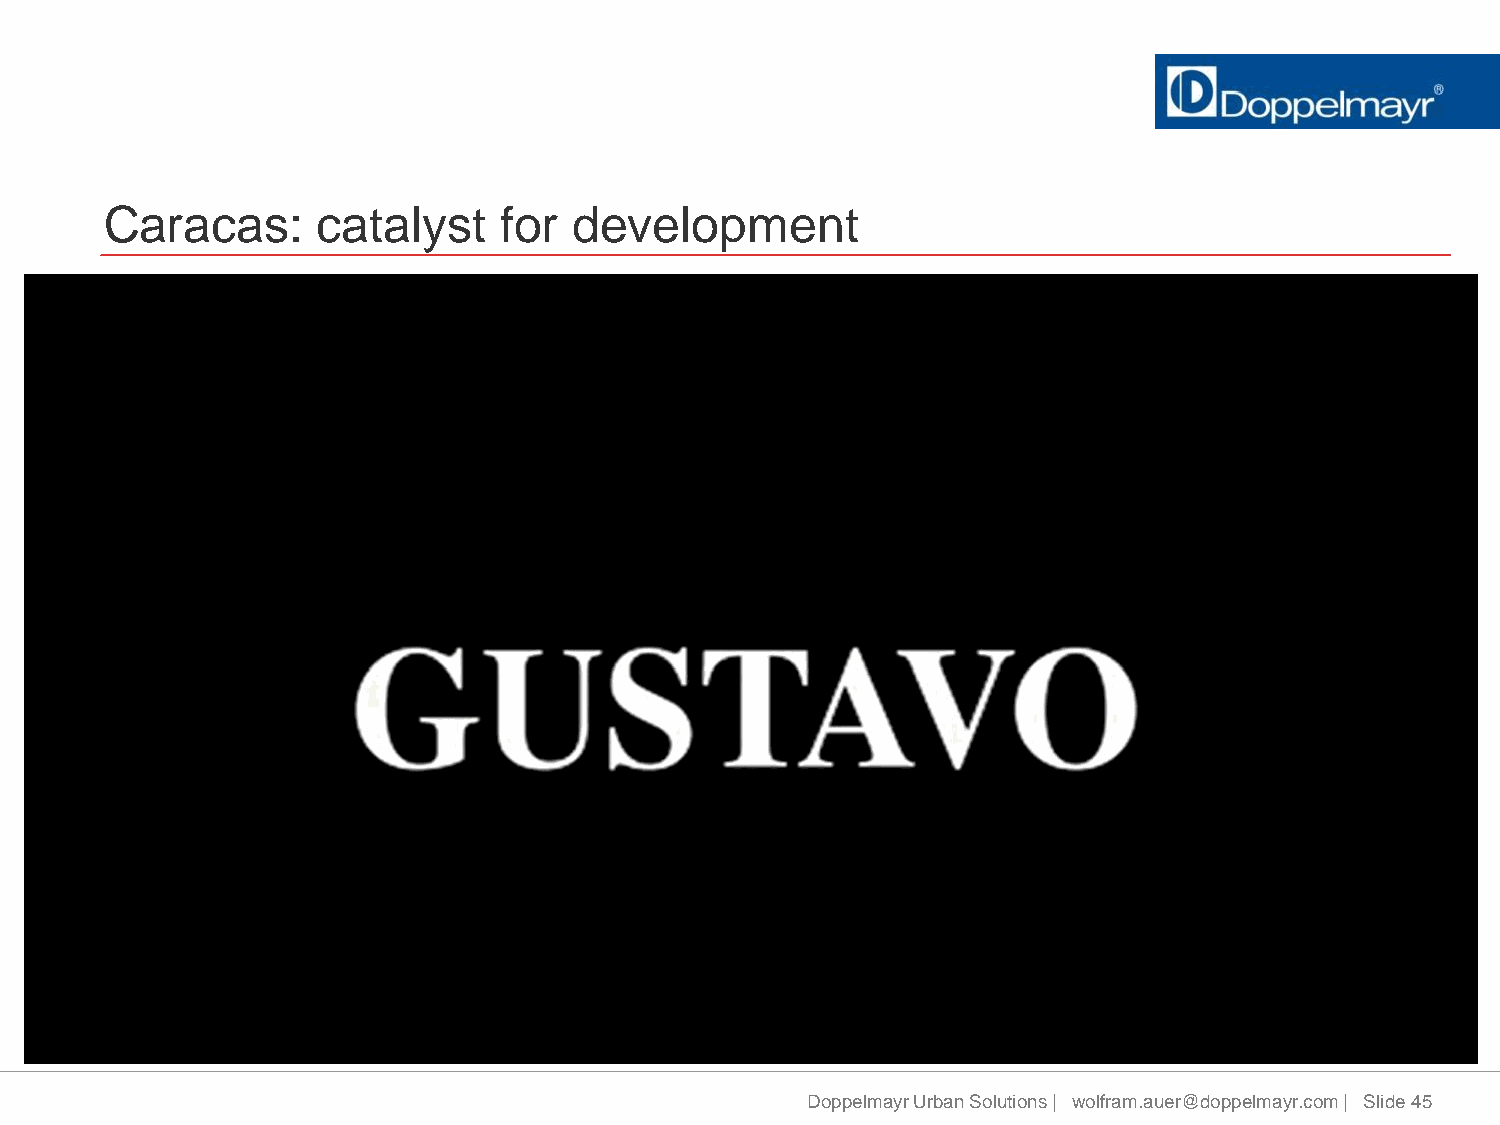
Caracas:      catalyst    for  development
 Doppelmayr Urban Solutions | wolfram.auer@doppelmayr.com | Slide 45